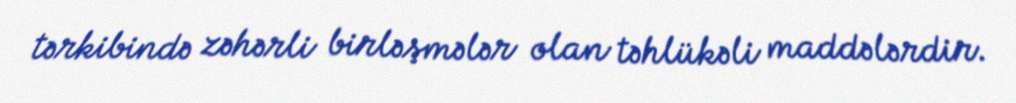
tərkibində zəhərli birləşmələr olan təhlükəli maddələrdir.